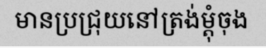
មានប្រជ្រុយនៅត្រង់ម្តុំចុង